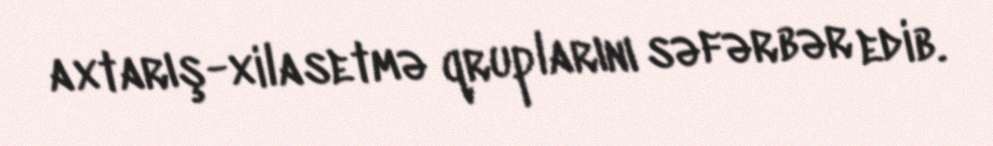
axtarış-xilasetmə qruplarını səfərbər edib.